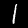
Label: 1